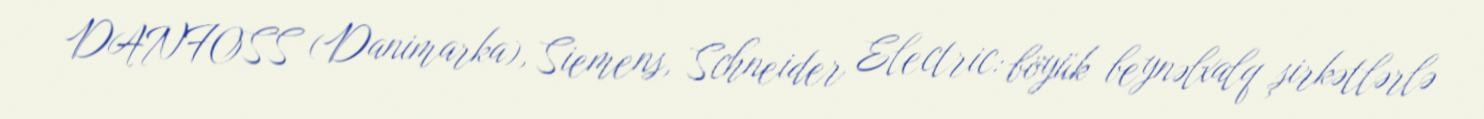
DANFOSS (Danimarka), Siemens, Schneider Electric: böyük beynəlxalq şirkətlərlə